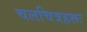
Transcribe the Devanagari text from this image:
चलचित्रहरूः